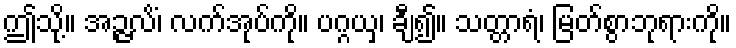
ဤသို့။ အဉ္ဇလိံ၊ လက်အုပ်ကို။ ပဂ္ဂယှ၊ ချီ၍။ သတ္တာရံ၊ မြတ်စွာဘုရားကို။